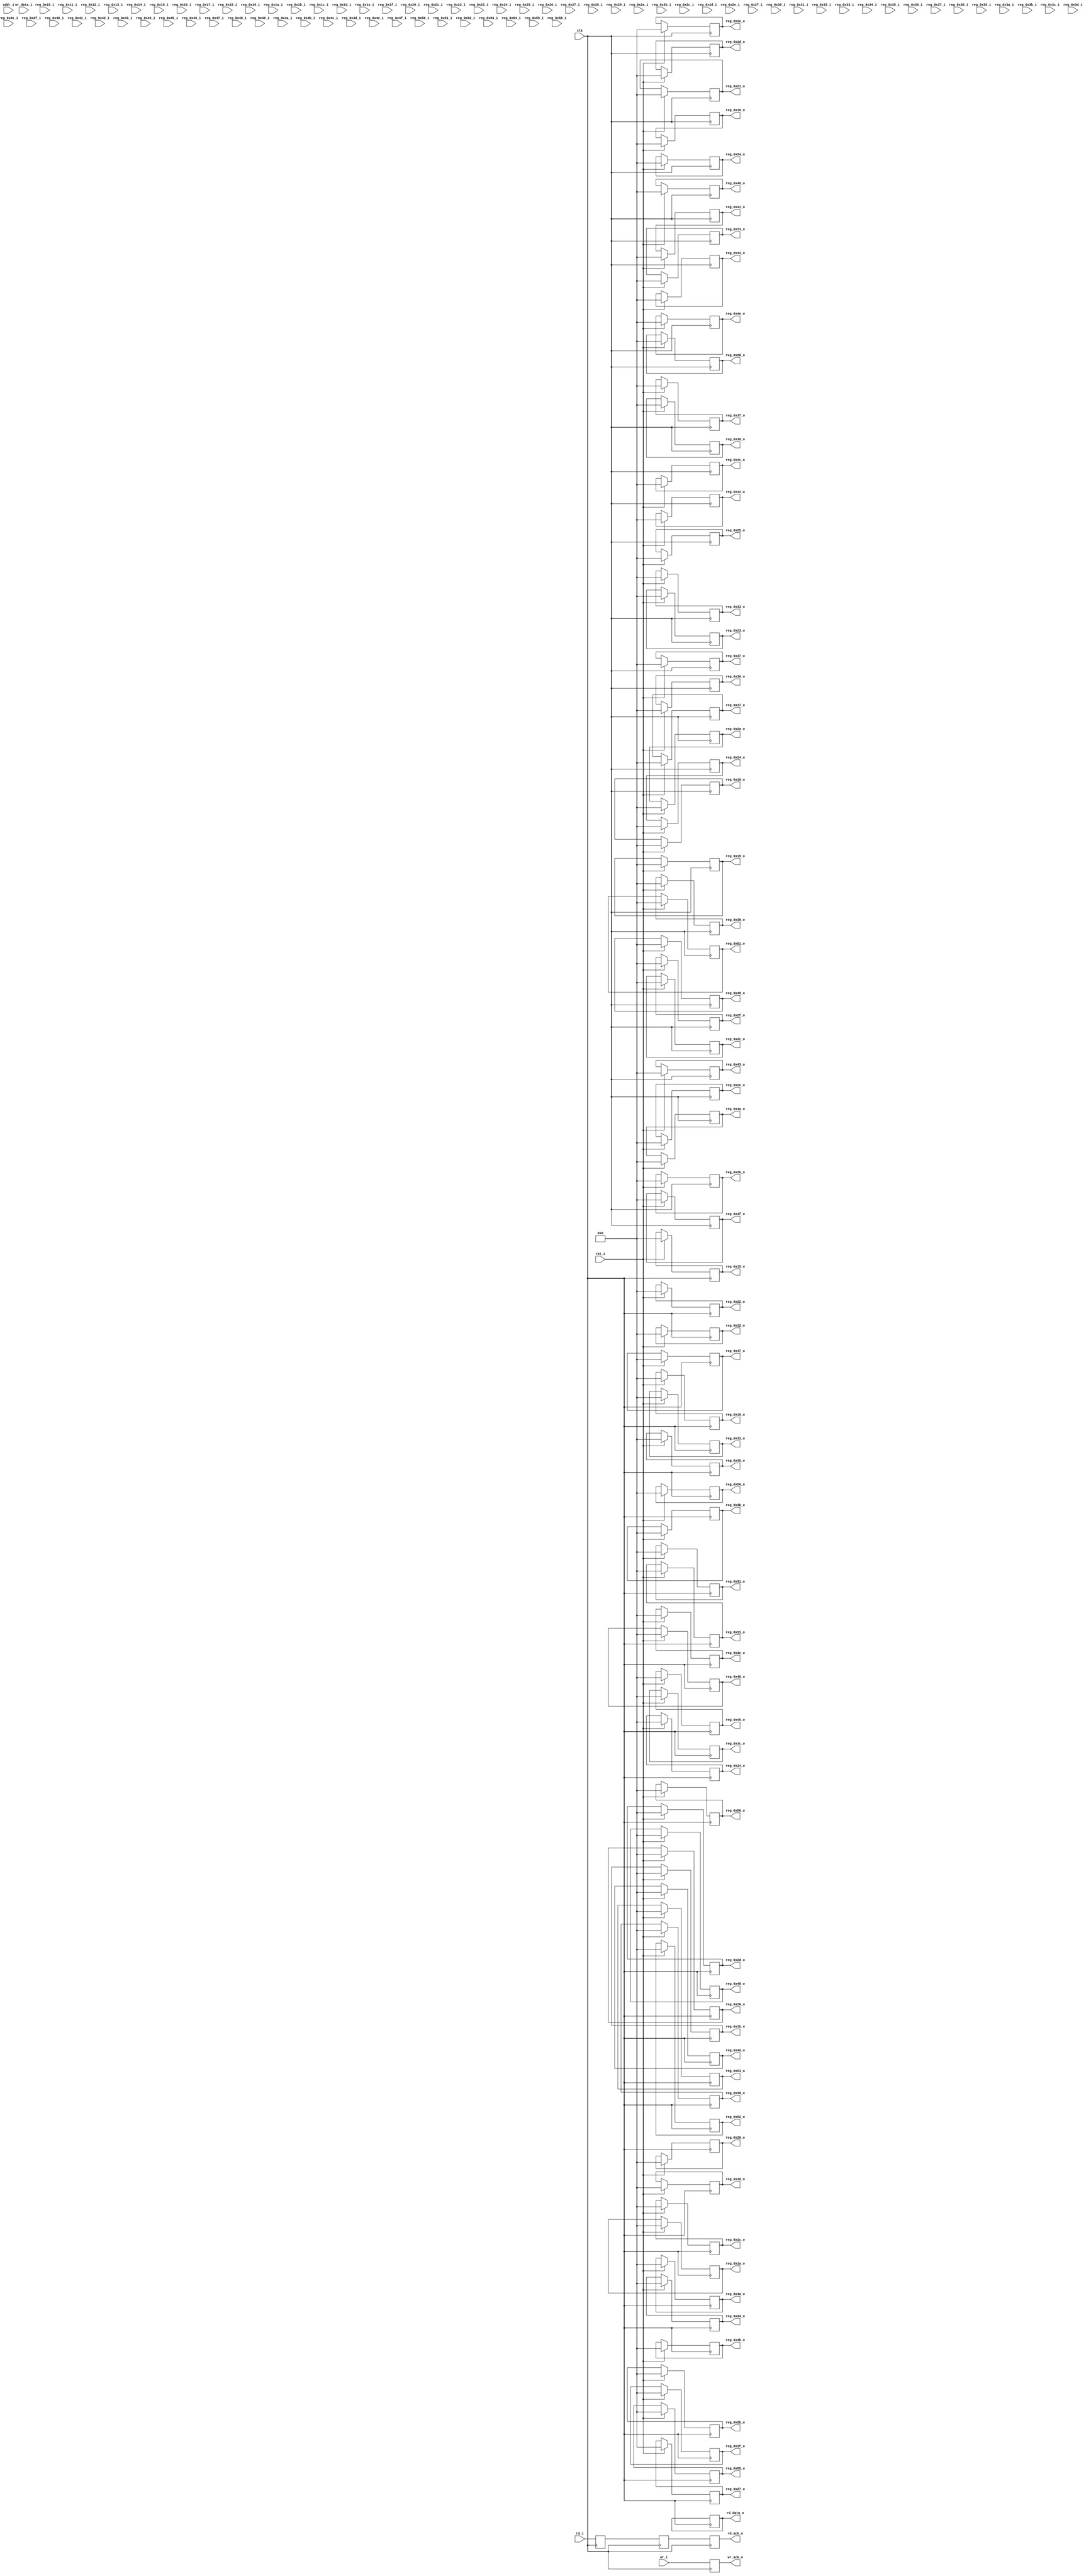
/* -*- coding: us-ascii-dos -*-
 *
 * Copyright Signal Processing Devices Sweden AB. All rights reserved.
 * See document "08-0175 EULA" for specific license terms regarding this file.
 *
 * Description   : User register file
 * Documentation :
 *
 */

module ul2_regfile
  #(
    parameter ADDR_WIDTH = 0
   )
   (
    input wire                  clk,
    input wire                  rst_i,
    input wire [ADDR_WIDTH-1:0] addr_i,
    input wire                  wr_i,
    output reg                  wr_ack_o,
    input wire [31:0]           wr_data_i,
    input wire                  rd_i,
    output reg                  rd_ack_o,
    output reg [31:0]           rd_data_o,

    input wire [31:0] reg_0x10_i,
    input wire [31:0] reg_0x11_i,
    input wire [31:0] reg_0x12_i,
    input wire [31:0] reg_0x13_i,
    input wire [31:0] reg_0x14_i,
    input wire [31:0] reg_0x15_i,
    input wire [31:0] reg_0x16_i,
    input wire [31:0] reg_0x17_i,
    input wire [31:0] reg_0x18_i,
    input wire [31:0] reg_0x19_i,
    input wire [31:0] reg_0x1a_i,
    input wire [31:0] reg_0x1b_i,
    input wire [31:0] reg_0x1c_i,
    input wire [31:0] reg_0x1d_i,
    input wire [31:0] reg_0x1e_i,
    input wire [31:0] reg_0x1f_i,
    input wire [31:0] reg_0x20_i,
    input wire [31:0] reg_0x21_i,
    input wire [31:0] reg_0x22_i,
    input wire [31:0] reg_0x23_i,
    input wire [31:0] reg_0x24_i,
    input wire [31:0] reg_0x25_i,
    input wire [31:0] reg_0x26_i,
    input wire [31:0] reg_0x27_i,
    input wire [31:0] reg_0x28_i,
    input wire [31:0] reg_0x29_i,
    input wire [31:0] reg_0x2a_i,
    input wire [31:0] reg_0x2b_i,
    input wire [31:0] reg_0x2c_i,
    input wire [31:0] reg_0x2d_i,
    input wire [31:0] reg_0x2e_i,
    input wire [31:0] reg_0x2f_i,
    input wire [31:0] reg_0x30_i,
    input wire [31:0] reg_0x31_i,
    input wire [31:0] reg_0x32_i,
    input wire [31:0] reg_0x33_i,
    input wire [31:0] reg_0x34_i,
    input wire [31:0] reg_0x35_i,
    input wire [31:0] reg_0x36_i,
    input wire [31:0] reg_0x37_i,
    input wire [31:0] reg_0x38_i,
    input wire [31:0] reg_0x39_i,
    input wire [31:0] reg_0x3a_i,
    input wire [31:0] reg_0x3b_i,
    input wire [31:0] reg_0x3c_i,
    input wire [31:0] reg_0x3d_i,
    input wire [31:0] reg_0x3e_i,
    input wire [31:0] reg_0x3f_i,
    input wire [31:0] reg_0x40_i,
    input wire [31:0] reg_0x41_i,
    input wire [31:0] reg_0x42_i,
    input wire [31:0] reg_0x43_i,
    input wire [31:0] reg_0x44_i,
    input wire [31:0] reg_0x45_i,
    input wire [31:0] reg_0x46_i,
    input wire [31:0] reg_0x47_i,
    input wire [31:0] reg_0x48_i,
    input wire [31:0] reg_0x49_i,
    input wire [31:0] reg_0x4a_i,
    input wire [31:0] reg_0x4b_i,
    input wire [31:0] reg_0x4c_i,
    input wire [31:0] reg_0x4d_i,
    input wire [31:0] reg_0x4e_i,
    input wire [31:0] reg_0x4f_i,
    input wire [31:0] reg_0x50_i,
    input wire [31:0] reg_0x51_i,
    input wire [31:0] reg_0x52_i,
    input wire [31:0] reg_0x53_i,
    input wire [31:0] reg_0x54_i,
    input wire [31:0] reg_0x55_i,
    input wire [31:0] reg_0x56_i,
    
    output wire [31:0] reg_0x10_o,
    output wire [31:0] reg_0x11_o,
    output wire [31:0] reg_0x12_o,
    output wire [31:0] reg_0x13_o,
    output wire [31:0] reg_0x14_o,
    output wire [31:0] reg_0x15_o,
    output wire [31:0] reg_0x16_o,
    output wire [31:0] reg_0x17_o,
    output wire [31:0] reg_0x18_o,
    output wire [31:0] reg_0x19_o,
    output wire [31:0] reg_0x1a_o,
    output wire [31:0] reg_0x1b_o,
    output wire [31:0] reg_0x1c_o,
    output wire [31:0] reg_0x1d_o,
    output wire [31:0] reg_0x1e_o,
    output wire [31:0] reg_0x1f_o,
    output wire [31:0] reg_0x20_o,
    output wire [31:0] reg_0x21_o,
    output wire [31:0] reg_0x22_o,
    output wire [31:0] reg_0x23_o,
    output wire [31:0] reg_0x24_o,
    output wire [31:0] reg_0x25_o,
    output wire [31:0] reg_0x26_o,
    output wire [31:0] reg_0x27_o,
    output wire [31:0] reg_0x28_o,
    output wire [31:0] reg_0x29_o,
    output wire [31:0] reg_0x2a_o,
    output wire [31:0] reg_0x2b_o,
    output wire [31:0] reg_0x2c_o,
    output wire [31:0] reg_0x2d_o,
    output wire [31:0] reg_0x2e_o,
    output wire [31:0] reg_0x2f_o,
    output wire [31:0] reg_0x30_o,
    output wire [31:0] reg_0x31_o,
    output wire [31:0] reg_0x32_o,
    output wire [31:0] reg_0x33_o,
    output wire [31:0] reg_0x34_o,
    output wire [31:0] reg_0x35_o,
    output wire [31:0] reg_0x36_o,
    output wire [31:0] reg_0x37_o,
    output wire [31:0] reg_0x38_o,
    output wire [31:0] reg_0x39_o,
    output wire [31:0] reg_0x3a_o,
    output wire [31:0] reg_0x3b_o,
    output wire [31:0] reg_0x3c_o,
    output wire [31:0] reg_0x3d_o,
    output wire [31:0] reg_0x3e_o,
    output wire [31:0] reg_0x3f_o,
    output wire [31:0] reg_0x40_o,
    output wire [31:0] reg_0x41_o,
    output wire [31:0] reg_0x42_o,
    output wire [31:0] reg_0x43_o,
    output wire [31:0] reg_0x44_o,
    output wire [31:0] reg_0x45_o,
    output wire [31:0] reg_0x46_o,
    output wire [31:0] reg_0x47_o,
    output wire [31:0] reg_0x48_o,
    output wire [31:0] reg_0x49_o,
    output wire [31:0] reg_0x4a_o,
    output wire [31:0] reg_0x4b_o,
    output wire [31:0] reg_0x4c_o,
    output wire [31:0] reg_0x4d_o,
    output wire [31:0] reg_0x4e_o,
    output wire [31:0] reg_0x4f_o,
    output wire [31:0] reg_0x50_o,
    output wire [31:0] reg_0x51_o,
    output wire [31:0] reg_0x52_o,
    output wire [31:0] reg_0x53_o,
    output wire [31:0] reg_0x54_o,
    output wire [31:0] reg_0x55_o,
    output wire [31:0] reg_0x56_o
    );

   reg [31:0]         regfile_out [0:70];
   wire [31:0]        regfile_in [0:70];

   assign reg_0x10_o = regfile_out[0];
   assign reg_0x11_o = regfile_out[1];
   assign reg_0x12_o = regfile_out[2];
   assign reg_0x13_o = regfile_out[3];
   assign reg_0x14_o = regfile_out[4];
   assign reg_0x15_o = regfile_out[5];
   assign reg_0x16_o = regfile_out[6];
   assign reg_0x17_o = regfile_out[7];
   assign reg_0x18_o = regfile_out[8];
   assign reg_0x19_o = regfile_out[9];
   assign reg_0x1a_o = regfile_out[10];
   assign reg_0x1b_o = regfile_out[11];
   assign reg_0x1c_o = regfile_out[12];
   assign reg_0x1d_o = regfile_out[13];
   assign reg_0x1e_o = regfile_out[14];
   assign reg_0x1f_o = regfile_out[15];
   assign reg_0x20_o = regfile_out[16];
   assign reg_0x21_o = regfile_out[17];
   assign reg_0x22_o = regfile_out[18];
   assign reg_0x23_o = regfile_out[19];
   assign reg_0x24_o = regfile_out[20];
   assign reg_0x25_o = regfile_out[21];
   assign reg_0x26_o = regfile_out[22];
   assign reg_0x27_o = regfile_out[23];
   assign reg_0x28_o = regfile_out[24];
   assign reg_0x29_o = regfile_out[25];
   assign reg_0x2a_o = regfile_out[26];
   assign reg_0x2b_o = regfile_out[27];
   assign reg_0x2c_o = regfile_out[28];
   assign reg_0x2d_o = regfile_out[29];
   assign reg_0x2e_o = regfile_out[30];
   assign reg_0x2f_o = regfile_out[31];
   assign reg_0x30_o = regfile_out[32];
   assign reg_0x31_o = regfile_out[33];
   assign reg_0x32_o = regfile_out[34];
   assign reg_0x33_o = regfile_out[35];
   assign reg_0x34_o = regfile_out[36];
   assign reg_0x35_o = regfile_out[37];
   assign reg_0x36_o = regfile_out[38];
   assign reg_0x37_o = regfile_out[39];
   assign reg_0x38_o = regfile_out[40];
   assign reg_0x39_o = regfile_out[41];
   assign reg_0x3a_o = regfile_out[42];
   assign reg_0x3b_o = regfile_out[43];
   assign reg_0x3c_o = regfile_out[44];
   assign reg_0x3d_o = regfile_out[45];
   assign reg_0x3e_o = regfile_out[46];
   assign reg_0x3f_o = regfile_out[47];
   assign reg_0x40_o = regfile_out[48];
   assign reg_0x41_o = regfile_out[49];
   assign reg_0x42_o = regfile_out[50];
   assign reg_0x43_o = regfile_out[51];
   assign reg_0x44_o = regfile_out[52];
   assign reg_0x45_o = regfile_out[53];
   assign reg_0x46_o = regfile_out[54];
   assign reg_0x47_o = regfile_out[55];
   assign reg_0x48_o = regfile_out[56];
   assign reg_0x49_o = regfile_out[57];
   assign reg_0x4a_o = regfile_out[58];
   assign reg_0x4b_o = regfile_out[59];
   assign reg_0x4c_o = regfile_out[60];
   assign reg_0x4d_o = regfile_out[61];
   assign reg_0x4e_o = regfile_out[62];
   assign reg_0x4f_o = regfile_out[63];
   assign reg_0x50_o = regfile_out[64];
   assign reg_0x51_o = regfile_out[65];
   assign reg_0x52_o = regfile_out[66];
   assign reg_0x53_o = regfile_out[67];
   assign reg_0x54_o = regfile_out[68];
   assign reg_0x55_o = regfile_out[69];
   assign reg_0x56_o = regfile_out[70];

   assign regfile_in[0] = reg_0x10_i;
   assign regfile_in[1] = reg_0x11_i;
   assign regfile_in[2] = reg_0x12_i;
   assign regfile_in[3] = reg_0x13_i;
   assign regfile_in[4] = reg_0x14_i;
   assign regfile_in[5] = reg_0x15_i;
   assign regfile_in[6] = reg_0x16_i;
   assign regfile_in[7] = reg_0x17_i;
   assign regfile_in[8] = reg_0x18_i;
   assign regfile_in[9] = reg_0x19_i;
   assign regfile_in[10] = reg_0x1a_i;
   assign regfile_in[11] = reg_0x1b_i;
   assign regfile_in[12] = reg_0x1c_i;
   assign regfile_in[13] = reg_0x1d_i;
   assign regfile_in[14] = reg_0x1e_i;
   assign regfile_in[15] = reg_0x1f_i;
   assign regfile_in[16] = reg_0x20_i;
   assign regfile_in[17] = reg_0x21_i;
   assign regfile_in[18] = reg_0x22_i;
   assign regfile_in[19] = reg_0x23_i;
   assign regfile_in[20] = reg_0x24_i;
   assign regfile_in[21] = reg_0x25_i;
   assign regfile_in[22] = reg_0x26_i;
   assign regfile_in[23] = reg_0x27_i;
   assign regfile_in[24] = reg_0x28_i;
   assign regfile_in[25] = reg_0x29_i;
   assign regfile_in[26] = reg_0x2a_i;
   assign regfile_in[27] = reg_0x2b_i;
   assign regfile_in[28] = reg_0x2c_i;
   assign regfile_in[29] = reg_0x2d_i;
   assign regfile_in[30] = reg_0x2e_i;
   assign regfile_in[31] = reg_0x2f_i;
   assign regfile_in[32] = reg_0x30_i;
   assign regfile_in[33] = reg_0x31_i;
   assign regfile_in[34] = reg_0x32_i;
   assign regfile_in[35] = reg_0x33_i;
   assign regfile_in[36] = reg_0x34_i;
   assign regfile_in[37] = reg_0x35_i;
   assign regfile_in[38] = reg_0x36_i;
   assign regfile_in[39] = reg_0x37_i;
   assign regfile_in[40] = reg_0x38_i;
   assign regfile_in[41] = reg_0x39_i;
   assign regfile_in[42] = reg_0x3a_i;
   assign regfile_in[43] = reg_0x3b_i;
   assign regfile_in[44] = reg_0x3c_i;
   assign regfile_in[45] = reg_0x3d_i;
   assign regfile_in[46] = reg_0x3e_i;
   assign regfile_in[47] = reg_0x3f_i;
   assign regfile_in[48] = reg_0x40_i;
   assign regfile_in[49] = reg_0x41_i;
   assign regfile_in[50] = reg_0x42_i;
   assign regfile_in[51] = reg_0x43_i;
   assign regfile_in[52] = reg_0x44_i;
   assign regfile_in[53] = reg_0x45_i;
   assign regfile_in[54] = reg_0x46_i;
   assign regfile_in[55] = reg_0x47_i;
   assign regfile_in[56] = reg_0x48_i;
   assign regfile_in[57] = reg_0x49_i;
   assign regfile_in[58] = reg_0x4a_i;
   assign regfile_in[59] = reg_0x4b_i;
   assign regfile_in[60] = reg_0x4c_i;
   assign regfile_in[61] = reg_0x4d_i;
   assign regfile_in[62] = reg_0x4e_i;
   assign regfile_in[63] = reg_0x4f_i;
   assign regfile_in[64] = reg_0x50_i;
   assign regfile_in[65] = reg_0x51_i;
   assign regfile_in[66] = reg_0x52_i;
   assign regfile_in[67] = reg_0x53_i;
   assign regfile_in[68] = reg_0x54_i;
   assign regfile_in[69] = reg_0x55_i;
   assign regfile_in[70] = reg_0x56_i;

   always @(posedge clk) begin
      wr_ack_o <= wr_i;
   end
   
   reg rd_i_dly0;
   reg rd_i_dly1;
   
   always @(posedge clk) begin
        rd_i_dly0 <= rd_i;
        rd_i_dly1 <= rd_i_dly0;
        rd_ack_o <= rd_i_dly1;
   end
   
   always @(posedge clk) begin
      if (rd_i) begin
         case (addr_i)
           14'h10: rd_data_o <= regfile_in[0];
           14'h11: rd_data_o <= regfile_in[1];
           14'h12: rd_data_o <= regfile_in[2];
           14'h13: rd_data_o <= regfile_in[3];
           14'h14: rd_data_o <= regfile_in[4];
           14'h15: rd_data_o <= regfile_in[5];
           14'h16: rd_data_o <= regfile_in[6];
           14'h17: rd_data_o <= regfile_in[7];
           14'h18: rd_data_o <= regfile_in[8];
           14'h19: rd_data_o <= regfile_in[9];
           14'h1a: rd_data_o <= regfile_in[10];
           14'h1b: rd_data_o <= regfile_in[11];
           14'h1c: rd_data_o <= regfile_in[12];
           14'h1d: rd_data_o <= regfile_in[13];
           14'h1e: rd_data_o <= regfile_in[14];
           14'h1f: rd_data_o <= regfile_in[15];
           14'h20: rd_data_o <= regfile_in[16];
           14'h21: rd_data_o <= regfile_in[17];
           14'h22: rd_data_o <= regfile_in[18];
           14'h23: rd_data_o <= regfile_in[19];
           14'h24: rd_data_o <= regfile_in[20];
           14'h25: rd_data_o <= regfile_in[21];
           14'h26: rd_data_o <= regfile_in[22];
           14'h27: rd_data_o <= regfile_in[23];
           14'h28: rd_data_o <= regfile_in[24];
           14'h29: rd_data_o <= regfile_in[25];
           14'h2a: rd_data_o <= regfile_in[26];
           14'h2b: rd_data_o <= regfile_in[27];
           14'h2c: rd_data_o <= regfile_in[28];
           14'h2d: rd_data_o <= regfile_in[29];
           14'h2e: rd_data_o <= regfile_in[30];
           14'h2f: rd_data_o <= regfile_in[31];
           14'h30: rd_data_o <= regfile_in[32];
           14'h31: rd_data_o <= regfile_in[33];
           14'h32: rd_data_o <= regfile_in[34];
           14'h33: rd_data_o <= regfile_in[35];
           14'h34: rd_data_o <= regfile_in[36];
           14'h35: rd_data_o <= regfile_in[37];
           14'h36: rd_data_o <= regfile_in[38];
           14'h37: rd_data_o <= regfile_in[39];
           14'h38: rd_data_o <= regfile_in[40];
           14'h39: rd_data_o <= regfile_in[41];
           14'h3a: rd_data_o <= regfile_in[42];
           14'h3b: rd_data_o <= regfile_in[43];
           14'h3c: rd_data_o <= regfile_in[44];
           14'h3d: rd_data_o <= regfile_in[45];
           14'h3e: rd_data_o <= regfile_in[46];
           14'h3f: rd_data_o <= regfile_in[47];
           14'h40: rd_data_o <= regfile_in[48];
           14'h41: rd_data_o <= regfile_in[49];
           14'h42: rd_data_o <= regfile_in[50];
           14'h43: rd_data_o <= regfile_in[51];
           14'h44: rd_data_o <= regfile_in[52];
           14'h45: rd_data_o <= regfile_in[53];
           14'h46: rd_data_o <= regfile_in[54];
           14'h47: rd_data_o <= regfile_in[55];
           14'h48: rd_data_o <= regfile_in[56];
           14'h49: rd_data_o <= regfile_in[57];
           14'h4a: rd_data_o <= regfile_in[58];
           14'h4b: rd_data_o <= regfile_in[59];
           14'h4c: rd_data_o <= regfile_in[60];
           14'h4d: rd_data_o <= regfile_in[61];
           14'h4e: rd_data_o <= regfile_in[62];
           14'h4f: rd_data_o <= regfile_in[63];
           14'h50: rd_data_o <= regfile_in[64];
           14'h51: rd_data_o <= regfile_in[65];
           14'h52: rd_data_o <= regfile_in[66];
           14'h53: rd_data_o <= regfile_in[67];
           14'h54: rd_data_o <= regfile_in[68];
           14'h55: rd_data_o <= regfile_in[69];
           14'h56: rd_data_o <= regfile_in[70];
         endcase 
      end
   end

   integer           i;
   always @(posedge clk) begin
      if (rst_i)
        begin
           for (i = 0; i < 71; i = i + 1) begin
              regfile_out[i] <= 0;
           end
        end
      else
        begin
           if (wr_i)
             case (addr_i)
               14'h10: regfile_out[0] <= wr_data_i;
               14'h11: regfile_out[1] <= wr_data_i;
               14'h12: regfile_out[2] <= wr_data_i;
               14'h13: regfile_out[3] <= wr_data_i;
               14'h14: regfile_out[4] <= wr_data_i;
               14'h15: regfile_out[5] <= wr_data_i;
               14'h16: regfile_out[6] <= wr_data_i;
               14'h17: regfile_out[7] <= wr_data_i;
               14'h18: regfile_out[8] <= wr_data_i;
               14'h19: regfile_out[9] <= wr_data_i;
               14'h1a: regfile_out[10] <= wr_data_i;
               14'h1b: regfile_out[11] <= wr_data_i;
               14'h1c: regfile_out[12] <= wr_data_i;
               14'h1d: regfile_out[13] <= wr_data_i;
               14'h1e: regfile_out[14] <= wr_data_i;
               14'h1f: regfile_out[15] <= wr_data_i;
               14'h20: regfile_out[16] <= wr_data_i;
               14'h21: regfile_out[17] <= wr_data_i;
               14'h22: regfile_out[18] <= wr_data_i;
               14'h23: regfile_out[19] <= wr_data_i;
               14'h24: regfile_out[20] <= wr_data_i;
               14'h25: regfile_out[21] <= wr_data_i;
               14'h26: regfile_out[22] <= wr_data_i;
               14'h27: regfile_out[23] <= wr_data_i;
               14'h28: regfile_out[24] <= wr_data_i;
               14'h29: regfile_out[25] <= wr_data_i;
               14'h2a: regfile_out[26] <= wr_data_i;
               14'h2b: regfile_out[27] <= wr_data_i;
               14'h2c: regfile_out[28] <= wr_data_i;
               14'h2d: regfile_out[29] <= wr_data_i;
               14'h2e: regfile_out[30] <= wr_data_i;
               14'h2f: regfile_out[31] <= wr_data_i;
               14'h30: regfile_out[32] <= wr_data_i;
               14'h31: regfile_out[33] <= wr_data_i;
               14'h32: regfile_out[34] <= wr_data_i;
               14'h33: regfile_out[35] <= wr_data_i;
               14'h34: regfile_out[36] <= wr_data_i;
               14'h35: regfile_out[37] <= wr_data_i;
               14'h36: regfile_out[38] <= wr_data_i;
               14'h37: regfile_out[39] <= wr_data_i;
               14'h38: regfile_out[40] <= wr_data_i;
               14'h39: regfile_out[41] <= wr_data_i;
               14'h3a: regfile_out[42] <= wr_data_i;
               14'h3b: regfile_out[43] <= wr_data_i;
               14'h3c: regfile_out[44] <= wr_data_i;
               14'h3d: regfile_out[45] <= wr_data_i;
               14'h3e: regfile_out[46] <= wr_data_i;
               14'h3f: regfile_out[47] <= wr_data_i;
               14'h40: regfile_out[48] <= wr_data_i;
               14'h41: regfile_out[49] <= wr_data_i;
               14'h42: regfile_out[50] <= wr_data_i;
               14'h43: regfile_out[51] <= wr_data_i;
               14'h44: regfile_out[52] <= wr_data_i;
               14'h45: regfile_out[53] <= wr_data_i;
               14'h46: regfile_out[54] <= wr_data_i;
               14'h47: regfile_out[55] <= wr_data_i;
               14'h48: regfile_out[56] <= wr_data_i;
               14'h49: regfile_out[57] <= wr_data_i;
               14'h4a: regfile_out[58] <= wr_data_i;
               14'h4b: regfile_out[59] <= wr_data_i;
               14'h4c: regfile_out[60] <= wr_data_i;
               14'h4d: regfile_out[61] <= wr_data_i;
               14'h4e: regfile_out[62] <= wr_data_i;
               14'h4f: regfile_out[63] <= wr_data_i;
               14'h50: regfile_out[64] <= wr_data_i;
               14'h51: regfile_out[65] <= wr_data_i;
               14'h52: regfile_out[66] <= wr_data_i;
               14'h53: regfile_out[67] <= wr_data_i;
               14'h54: regfile_out[68] <= wr_data_i;
               14'h55: regfile_out[69] <= wr_data_i;
               14'h56: regfile_out[70] <= wr_data_i;
             endcase
        end
   end
endmodule